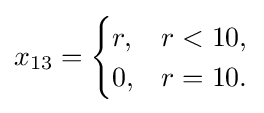
x_{13}={\begin{cases}r,&r<10,\\0,&r=10.\end{cases}}